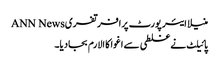
منیلا ایئر پورٹ پرافرتفریANN News
پائیلٹ نے غلطی سے اغوا کا الارم بجادیا۔